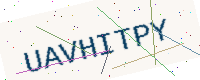
Text: UAVHITPY